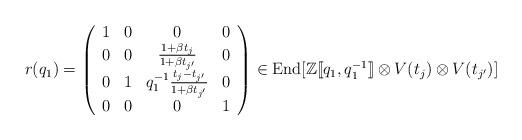
LaTeX: \begin{align*}r(q_1)=\left( \begin{array}{cccc}1 & 0 & 0 & 0 \\ 0 & 0 & \frac{1+\beta t_{j}}{1+\beta t_{j^{\prime }}} & 0 \\ 0 & 1 & q_1^{-1}\frac{t_{j}-t_{j^{\prime }}}{1+\beta t_{j^{\prime }}} & 0 \\ 0 & 0 & 0 & 1\end{array}\right)\in\operatorname{End}[\mathbb{Z}[\![q_1,q_{1}^{-1}]\!]\otimes V(t_j)\otimes V(t_{j\rq{}})] \; \end{align*}